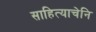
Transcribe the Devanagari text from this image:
साहित्याचेनि